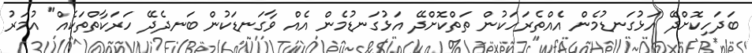
ބަދަހިކޮށްދޭ އަޅުގަނޑުމެން އެއްތެރަހަކުން ތަތްކޮށްދޭ އަޅުގަނޑުމެން އެއް ވާގަނޑަކުން ބަނދެދޭ ހަރަކާތްތަކެއް" އުމަރު